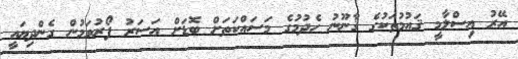
އޭރު އިސްލާމީ ޤައުމުތަކުގެ ޤާނޫނު ހެދުމުގެ މަސައްކަތަށް ބޮޑަށް އަސަރު ފޯރުވަމުން ގެންދިޔައީ